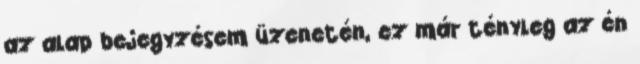
az alap bejegyzésem üzenetén, ez már tényleg az én